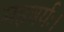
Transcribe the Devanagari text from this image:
महषर्यः।